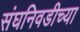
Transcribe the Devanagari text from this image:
संघनिवडीच्या